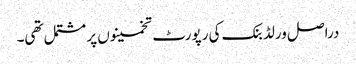
دراصل ورلڈ بنک کی رپورٹ تخمینوں پر مشتمل تھی۔